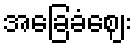
အခြေခံဈေး